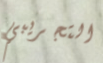
التجريبي